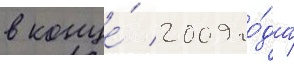
в конце́ 2009 го́да